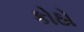
કોઠો